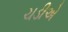
ચડીએ